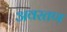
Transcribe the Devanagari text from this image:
अवरतण